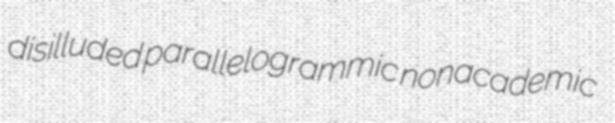
disilluded parallelogrammic nonacademic